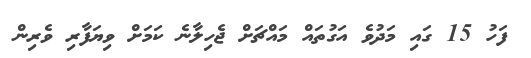
ފަހު 15 ގައި މަދުވެ އަގުތައް މައްޗަށް ޖެހިލާނެ ކަމަށް ވިޔަފާރި ވެރިން